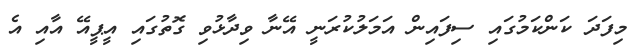
މިފަދަ ކަންކަމުގައި ސިފައިން އަމަލުކުރަނީ އޭނާ ވިދާޅުވި ގޮތުގައި އީޕީއޭ އާއި އެ